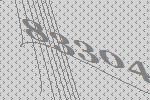
83304